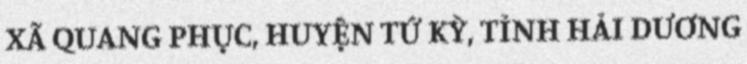
XÃ QUANG PHỤC, HUYỆN TỨ KỲ, TỈNH HẢI DƯƠNG